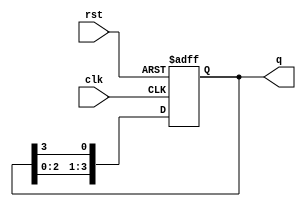
module ring_counter (
    input wire clk,         // Clock signal
    input wire rst,         // Asynchronous reset signal
    output reg [n-1:0] q    // Output state (n-bit wide)
);
    parameter n = 4;        // Number of bits in the ring counter (adjustable)

    always @(posedge clk or posedge rst) begin
        if (rst) begin
            // Initialize the counter with the first flip-flop set to '1'
            q <= 1'b1 << (n - 1); // Set the most significant bit (MSB) to '1'
        end else begin
            // Shift the '1' to the right
            q <= {q[n-2:0], q[n-1]}; // Shift left and wrap around
        end
    end
endmodule